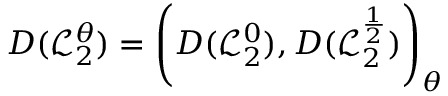
D ( \mathcal { L } _ { 2 } ^ { \theta } ) = \left( D ( \mathcal { L } _ { 2 } ^ { 0 } ) , D ( \mathcal { L } _ { 2 } ^ { \frac { 1 } { 2 } } ) \right) _ { \theta }